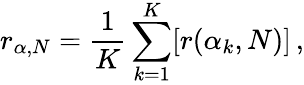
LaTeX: r_{\alpha,N}=\frac{1}{K}\sum_{k=1}^{K}[r(\alpha_{k},N)]\, ,